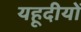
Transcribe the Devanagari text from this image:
यहूदीयों